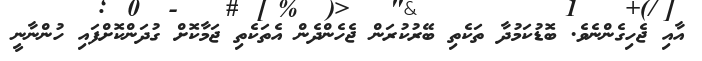
އާއި ޖެހިގެންނެވެ. ބޮޑުކަމުދާ ތަކެތި ބޭރުކުރަން ޖެހެންދެން އެތަކެތި ޖަމާކޮށް ގުދަންކޮށްފައި ހުންނާނީ